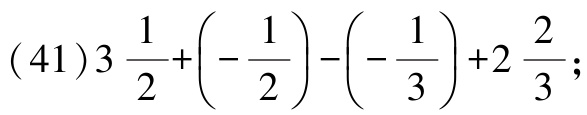
\((41)3\frac{1}{2}+\left(-\frac{1}{2}\right)-\left(-\frac{1}{3}\right)+2\frac{2}{3};\)